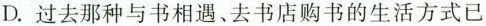
D. 过去那种与书相遇、去书店购书的生活方式已